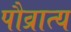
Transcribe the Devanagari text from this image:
पौव्रात्य